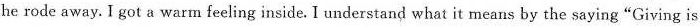
he rode away. I got a warm feeling inside. I understand what it means by the saying"Giving is